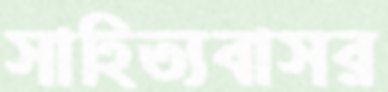
সাহিত্যবাসর